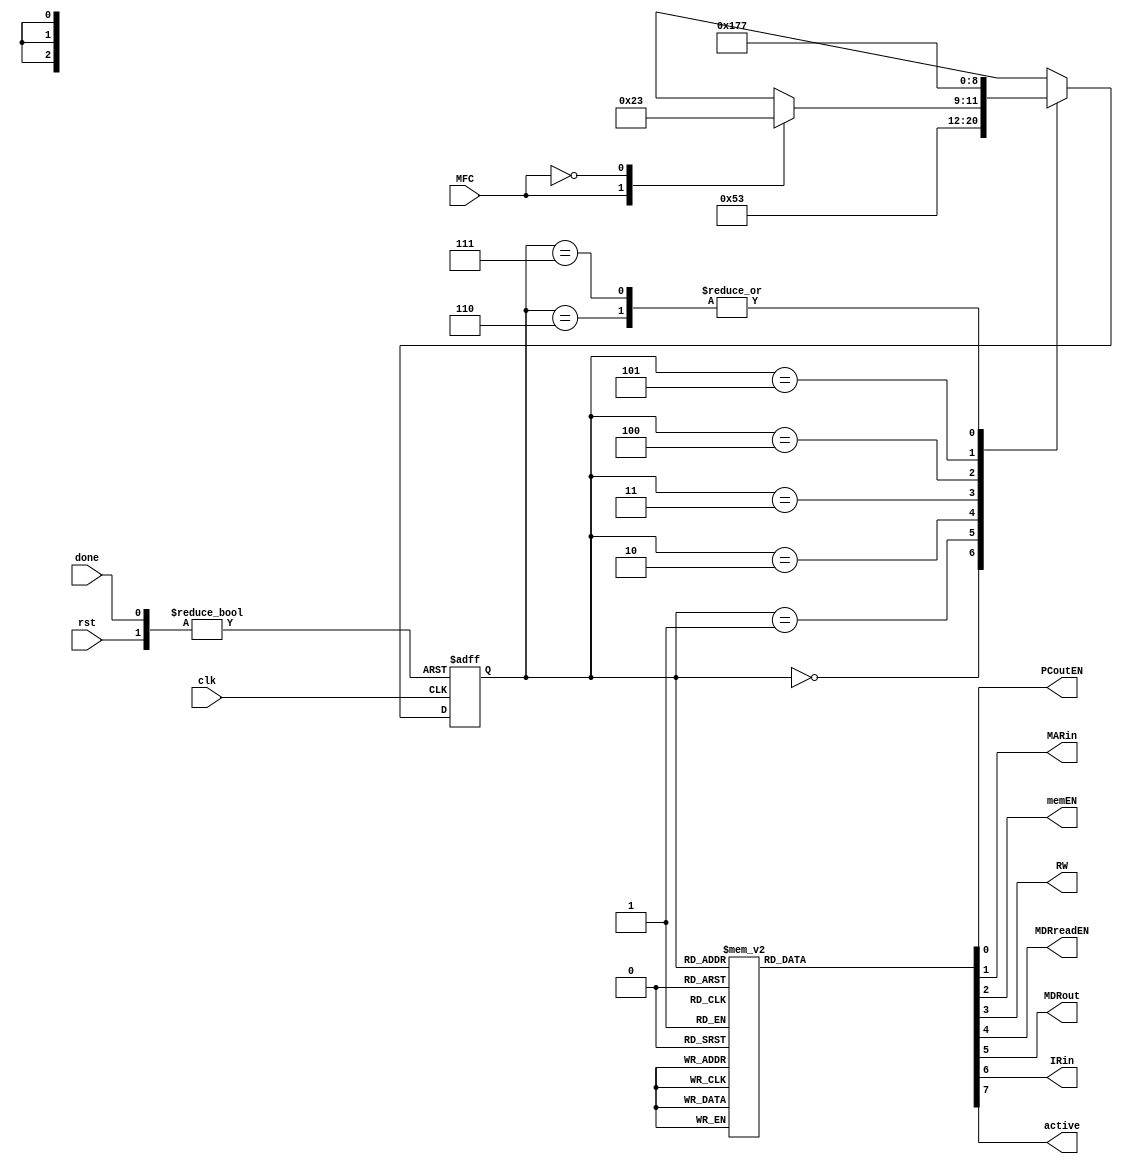
module IFFSM(clk, rst, done, MFC, PCoutEN, MARin, memEN, RW, MDRreadEN, MDRout, IRin, active);
input clk; // Clock
input rst, done; // FSM kickstart signals
input MFC; // Memory function complete
output reg PCoutEN, MARin, memEN, RW, MDRreadEN, MDRout, IRin, active; // FSM output signals

// States
reg[2:0] pres_state, next_state;
parameter st0 = 3'b000, st1 = 3'b001, st2 = 3'b010, st3 = 3'b011, st4 = 3'b100, st5 = 3'b101, st6 = 3'b110, st7 = 3'b111;

// State Register
always @(posedge clk or posedge rst or posedge done) begin
    if(rst) // Kick off the FSM with either reset or done signals
        pres_state <= st0;
    else if(done)
        pres_state <= st0;
    else // Transition to next_state each clk edge
        pres_state <= next_state;
end

// Next state logic
always @(pres_state or MFC) begin
    case(pres_state)
        st0: next_state <= st1;
        st1: next_state <= st2;
        st2: next_state <= st3;
        st3: begin
            case(MFC)
                1'b1: next_state <= st4;
                1'b0: next_state <= st3;
                default: next_state <= st3;
            endcase
        end
        st4: next_state <= st5;
        st5: next_state <= st6;
        st6: next_state <= st7;
        st7: next_state <= st7;
        default: next_state <= st0;
    endcase
end

// Moore output definition
always @(pres_state) begin
    case(pres_state)
        st0: begin
            PCoutEN <= 1; MARin <= 0; memEN <= 0; RW <= 0; MDRreadEN <= 0; MDRout <= 0; IRin <= 0; active <= 1;
        end
        st1: begin
            PCoutEN <= 1; MARin <= 1; memEN <= 0; RW <= 0; MDRreadEN <= 0; MDRout <= 0; IRin <= 0; active <= 1;
        end
        st2: begin
            PCoutEN <= 0; MARin <= 0; memEN <= 0; RW <= 1; MDRreadEN <= 0; MDRout <= 0; IRin <= 0; active <= 1;
        end
        st3: begin
            PCoutEN <= 0; MARin <= 0; memEN <= 1; RW <= 1; MDRreadEN <= 0; MDRout <= 0; IRin <= 0; active <= 1;
        end
        st4: begin
            PCoutEN <= 0; MARin <= 0; memEN <= 1; RW <= 1; MDRreadEN <= 1; MDRout <= 0; IRin <= 0; active <= 1;
        end
        st5: begin
            PCoutEN <= 0; MARin <= 0; memEN <= 0; RW <= 1; MDRreadEN <= 0; MDRout <= 1; IRin <= 0; active <= 1;
        end
        st6: begin
            PCoutEN <= 0; MARin <= 0; memEN <= 0; RW <= 1; MDRreadEN <= 0; MDRout <= 1; IRin <= 1; active <= 1;
        end
        st7: begin
            PCoutEN <= 0; MARin <= 0; memEN <= 0; RW <= 0; MDRreadEN <= 0; MDRout <= 0; IRin <= 0; active <= 0;
        end
        default: begin
            PCoutEN <= 0; MARin <= 0; memEN <= 0; RW <= 0; MDRreadEN <= 0; MDRout <= 0; IRin <= 0; active <= 0;
        end
    endcase
end

endmodule